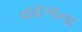
વાદળના